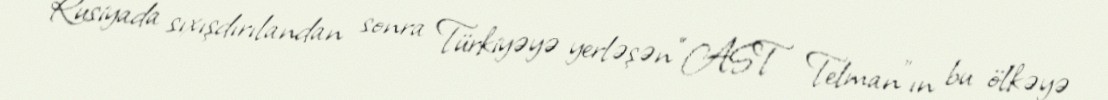
Rusiyada sıxışdırılandan sonra Türkiyəyə yerləşən “AST Telman”ın bu ölkəyə